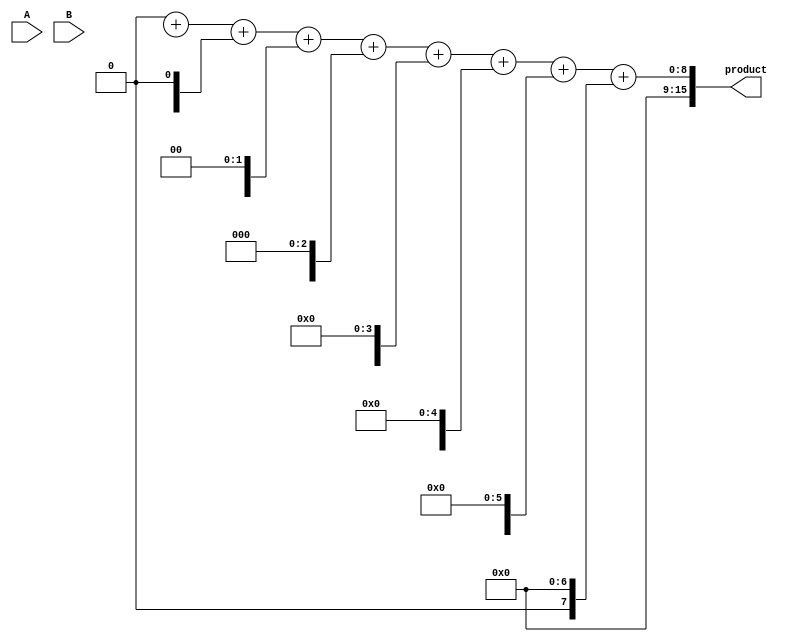
module async_wallace_tree_multiplier #(
    parameter N = 8 // Bit-width for inputs A and B
)(
    input [N-1:0] A,
    input [N-1:0] B,
    output reg [2*N-1:0] product
);

    // Partial product generation
    wire [N-1:0] pp [0:N-1]; // Partial products
    genvar i;
    generate
        for (i = 0; i < N; i = i + 1) begin : partial_product_gen
            assign pp[i] = A & {N{B[i]}}; // AND A with each bit of B
        end
    endgenerate

    // Wallace Tree Reduction using Half Adders and Full Adders
    wire [2*N-1:0] sum [0:N-1]; // Sums at each stage
    wire [N:0] carry [0:N-1];   // Carry bits
    integer j;
    
    // Stage 1: Combine partial products using Half Adders and Full Adders
    always @(*) begin
        // Initialize the first level of sums and carries
        for (j = 0; j < N; j = j + 1) begin
            sum[0][j] = pp[j][0]; // First bit of partial products
            carry[0][j] = 1'b0;    // Initial carry is 0
        end
        for (j = 1; j < N; j = j + 1) begin
            {carry[0][j], sum[0][j]} = pp[j][1] + pp[j-1][0] + carry[0][j-1]; // Full Adder
        end
    end

    // Subsequent stages: Reduce the number of bits
    genvar k;
    generate
        for (k = 1; k < N; k = k + 1) begin : reduction_stage
            always @(*) begin
                for (j = 0; j < (N >> k); j = j + 1) begin
                    {carry[k][j], sum[k][j]} = sum[k-1][3*j] + sum[k-1][3*j+1] + sum[k-1][3*j+2]; // Combine three inputs
                end
            end
        end
    endgenerate

    // Final stage addition
    always @(*) begin
        product = 0; // Reset product
        for (j = 0; j < N; j = j + 1) begin
            product = product + (sum[N-1][j] << j); // Final summation
        end
    end

endmodule